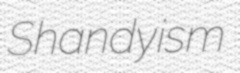
Shandyism